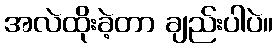
အလဲထိုးခဲ့တာ ချည်းပါပဲ။